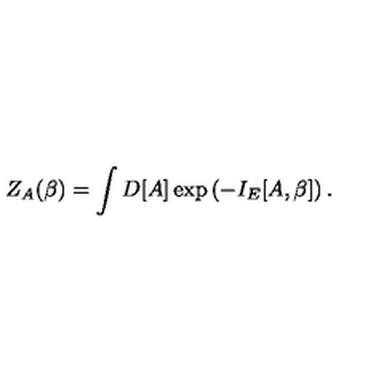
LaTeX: Z _ { A } ( \beta ) = \int D [ A ] \exp \left( - I _ { E } [ A , \beta ] \right) .